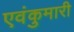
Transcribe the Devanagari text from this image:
एवंकुमारी